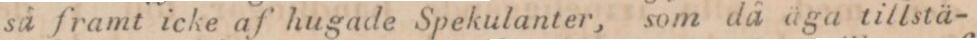
så framt icke af hugade Spekulanter, som då aga tillstä-